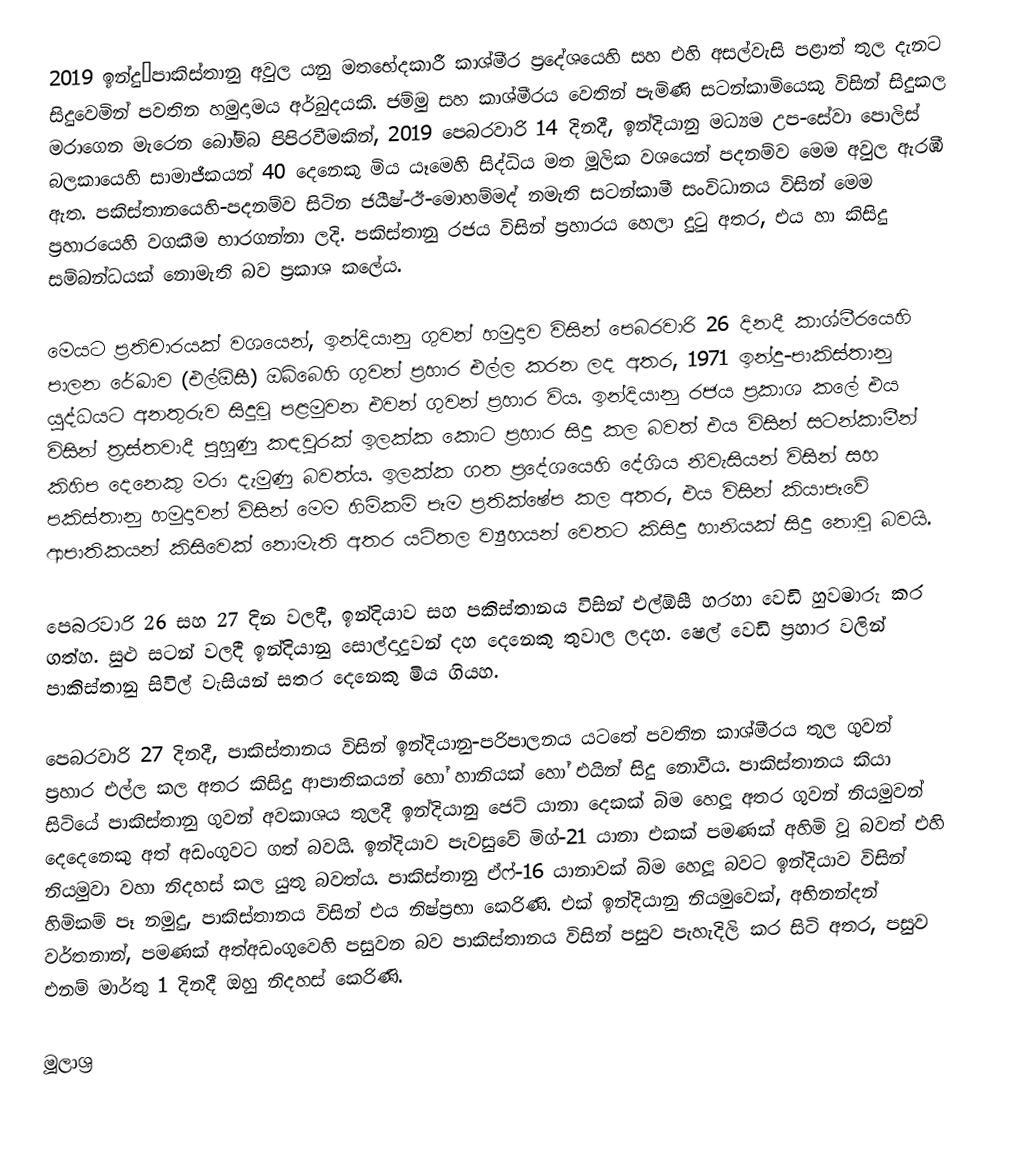
2019 ඉන්දු–පාකිස්තානු අවුල යනු මතභේදකාරී කාශ්මීර ප්‍රදේශයෙහි සහ එහි අසල්වැසි පළාත් තුල දැනට සිදුවෙමින් පවතින හමුදාමය අර්බුදයකි. ජම්මු සහ කාශ්මීරය වෙතින් පැමිණි සටන්කාමියෙකු විසින් සිදුකල මරාගෙන මැරෙන බෝම්බ පිපිරවීමකින්, 2019 පෙබරවාරි 14 දිනදී, ඉන්දියානු  මධ්‍යම උප-සේවා පොලිස් බලකායෙහි සාමාජීකයන් 40 දෙනෙකු මිය යෑමෙහි සිද්ධිය මත මූලික වශයෙන් පදනම්ව මෙම අවුල ඇරඹී ඇත. පකිස්තානයෙහි-පදනම්ව සිටින ජයීෂ්-ඊ-මොහම්මද් නමැති සටන්කාමී සංවිධානය විසින් මෙම ප්‍රහාරයෙහි වගකීම භාරගන්නා ලදි. පකිස්තානු රජය විසින් ප්‍රහාරය හෙලා දුටු අතර, එය හා කිසිදු සම්බන්ධයක් නොමැති බව ප්‍රකාශ කලේය.

මෙයට ප්‍රතිචාරයක් වශයෙන්, ඉන්දියානු ගුවන් හමුදාව විසින් පෙබරවාරි 26 දිනදී කාශ්මීරයෙහි පාලන රේඛාව (එල්ඕසී) ඔබ්බෙහි ගුවන් ප්‍රහාර එල්ල කරන ලද අතර,  1971 ඉන්දු-පාකිස්තානු යුද්ධයට අනතුරුව සිදුවූ පළමුවන එවන් ගුවන් ප්‍රහාර විය. ඉන්දියානු රජය ප්‍රකාශ කලේ එය විසින්   ත්‍රස්තවාදී පුහුණු කඳවුරක් ඉලක්ක කොට ප්‍රහාර සිදු කල බවත් එය විසින් සටන්කාමීන් කිහිප දෙනෙකු මරා දැමුණු බවත්ය.  ඉලක්ක ගත ප්‍රදේශයෙහි දේශිය නිවැසියන් විසින් සහ  පකිස්තානු හමුදාවන් විසින් මෙම හිමිකම් පෑම ප්‍රතික්ෂේප කල අතර, එය විසින් කියාපෑවේ ආපාතිකයන් කිසිවෙක් නොමැති අතර යටිතල ව්‍යුහයන් වෙතට කිසිදු හානියක් සිදු නොවූ බවයි.

පෙබරවාරි 26 සහ 27 දින වලදී, ඉන්දියාව සහ පකිස්තානය විසින් එල්ඕසී හරහා වෙඩි හුවමාරු කර ගත්හ. සුළු සටන් වලදී ඉන්දියානු සොල්දාදුවන් දහ දෙනෙකු තුවාල ලදහ. ෂෙල් වෙඩි ප්‍රහාර වලින් පාකිස්තානු සිවිල් වැසියන් සතර දෙනෙකු මිය ගියහ.

පෙබරවාරි 27 දිනදී, පාකිස්තානය විසින් ඉන්දියානු-පරිපාලනය යටතේ පවතින කාශ්මීරය තුල ගුවන් ප්‍රහාර එල්ල කල අතර කිසිදු ආපාතිකයන් ‌හෝ හානියක් හෝ එයින් සිදු නොවීය. පාකිස්තානය කියා සිටියේ පාකිස්තානු ගුවන් අවකාශය තුලදී ඉන්දියානු ජෙට් යානා දෙකක් බිම හෙලූ අතර ගුවන් නියමුවන් දෙදෙනෙකු අත් අඩංගුවට ගත් බවයි. ඉන්දියාව පැවසුවේ  මිග්-21 යානා එකක් පමණක් අහිමි වූ බවත් එහි නියමුවා වහා නිදහස් කල යුතු බවත්ය. පාකිස්තානු ඒෆ්-16 යානාවක් බිම හෙලූ බවට ඉන්දියාව විසින් හිමිකම් පෑ නමුදු, පාකිස්තානය විසින් එය නිෂ්ප්‍රභා කෙරිණි. එක් ඉන්දියානු නියමුවෙක්, අභිනන්දන් වර්තනාන්, පමණක් අත්අඩංගුවෙහි පසුවන බව පාකිස්තානය විසින් පසුව පැහැදිලි කර සිටි අතර, පසුව එනම් මාර්තු 1 දිනදී ඔහු නිදහස් කෙරිණි.

මූලාශ්‍ර